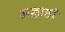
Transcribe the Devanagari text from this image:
मल्लाही